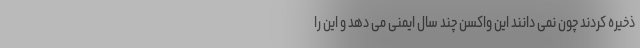
ذخیره کردند چون نمی دانند این واکسن چند سال ایمنی می دهد و این را